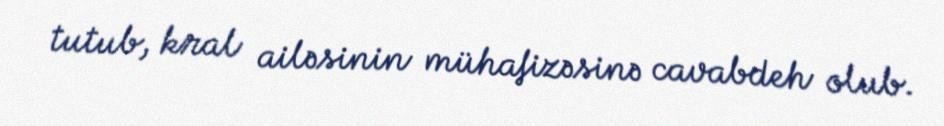
tutub, kral ailəsinin mühafizəsinə cavabdeh olub.